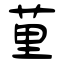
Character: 荲